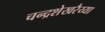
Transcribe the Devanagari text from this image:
चन्द्रशेखरैय्या